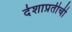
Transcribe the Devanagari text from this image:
देशाप्रतीची